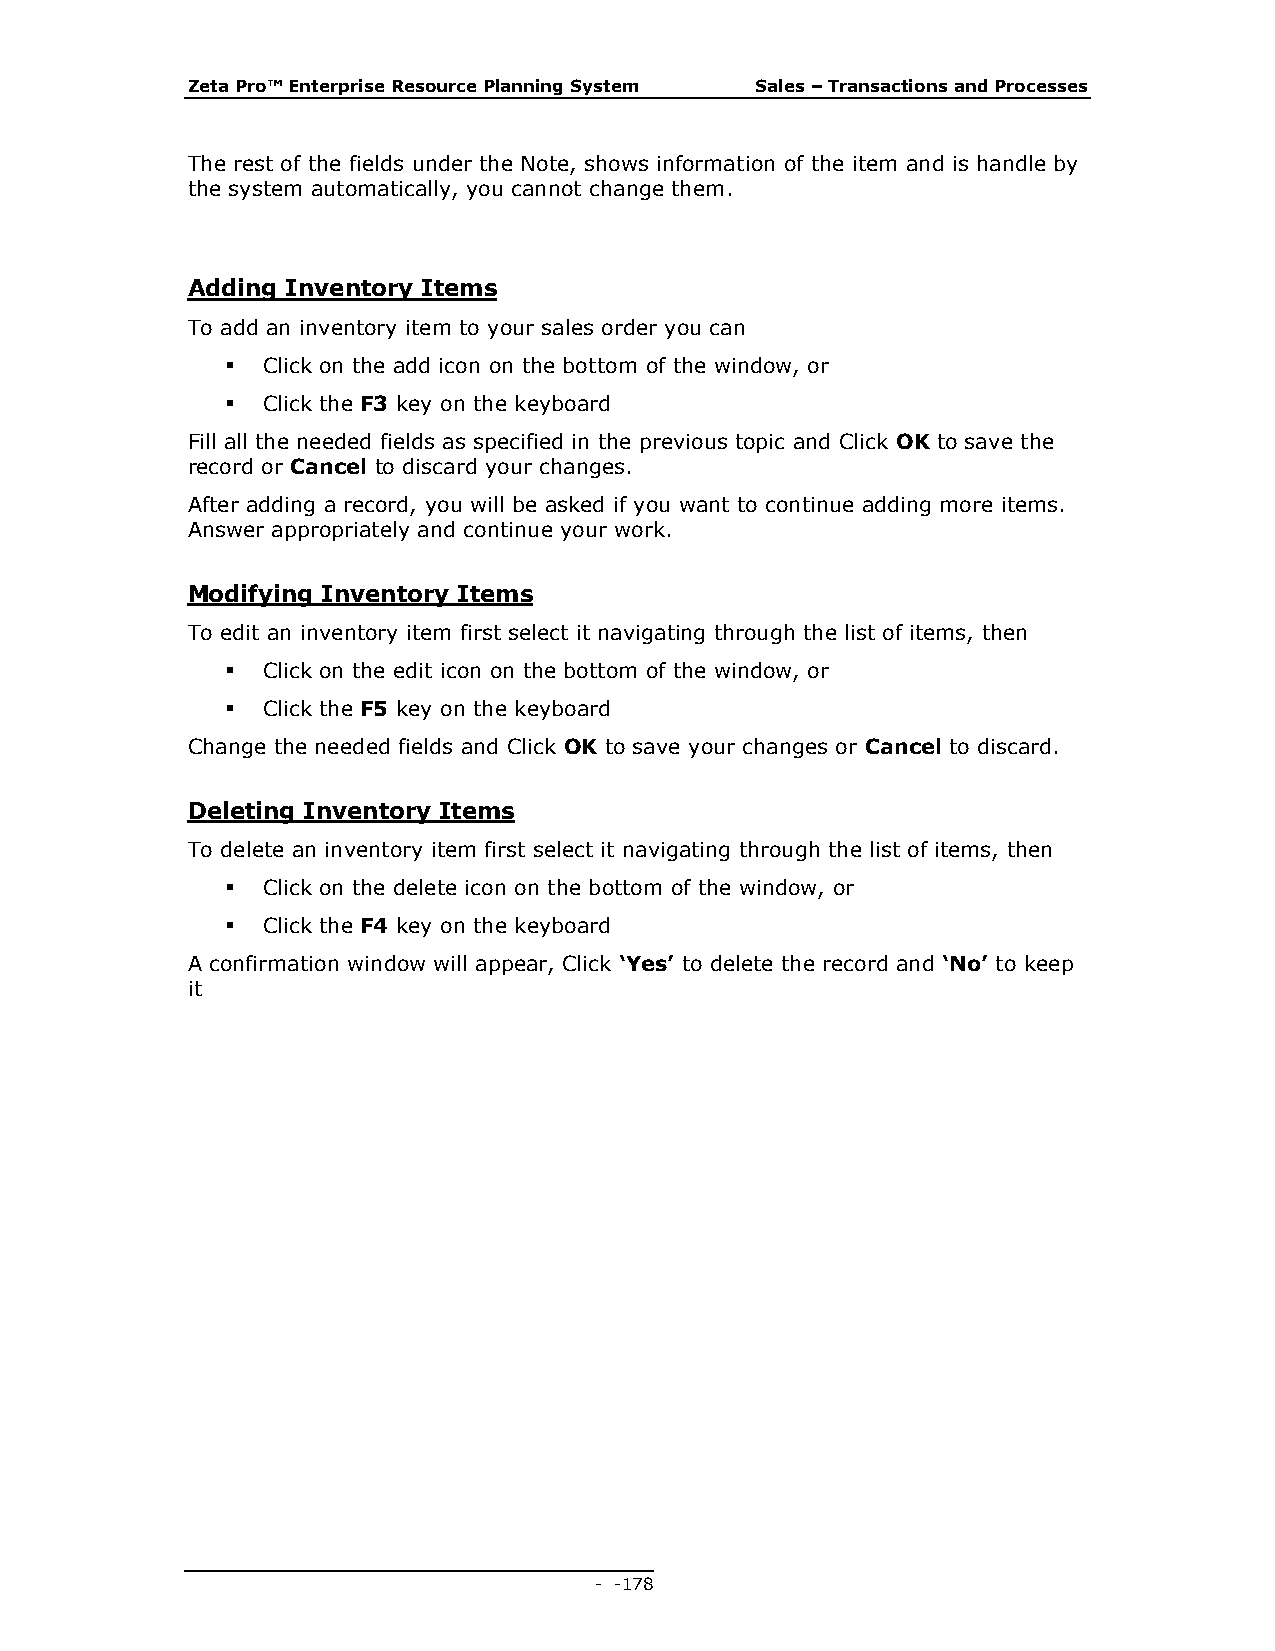
Zeta Pro™ Enterprise Resource Planning System Sales – Transactions and Processes
 The rest of the fields under the Note, shows information of the item and is handle by
 the system automatically, you cannot change them.
 Adding Inventory Items
 To add an inventory item to your sales order you can
  Click on the add icon on the bottom of the window, or
  Click the F3 key on the keyboard
 Fill all the needed fields as specified in the previous topic and Click OK to save the
 record or Cancel to discard your changes.
 After adding a record, you will be asked if you want to continue adding more items.
 Answer appropriately and continue your work.
 Modifying Inventory Items
 To edit an inventory item first select it navigating through the list of items, then
  Click on the edit icon on the bottom of the window, or
  Click the F5 key on the keyboard
 Change the needed fields and Click OK to save your changes or Cancel to discard.
 Deleting Inventory Items
 To delete an inventory item first select it navigating through the list of items, then
  Click on the delete icon on the bottom of the window, or
  Click the F4 key on the keyboard
 A confirmation window will appear, Click ‘Yes’ to delete the record and ‘No’ to keep
 it
 - - 178